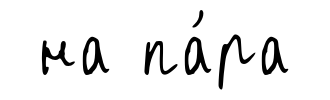
на па́ра